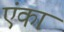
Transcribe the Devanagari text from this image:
एंका